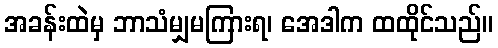
အခန်းထဲမှ ဘာသံမျှမကြားရ၊ အေဒါက ထထိုင်သည်။